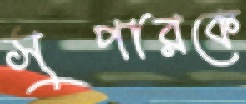
সুপারকে